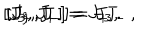
{ [ } J _ { 3 } , J _ { + } { ] } = J _ { + } \, , \hspace { . 3 c m } { [ } J _ { 3 } , J _ { - } { ] } = - J _ { - } \, , \hspace { . 3 c m } { [ } J _ { + } , J _ { - } { ] } = J _ { 3 } \, .